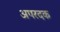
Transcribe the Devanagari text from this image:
अपरदक